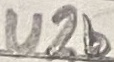
Text: U2b